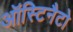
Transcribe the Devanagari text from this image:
ऑस्टिनैटो